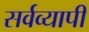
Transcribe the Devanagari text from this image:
सर्वव्‍यापी